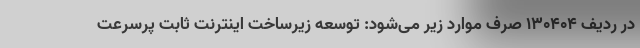
در ردیف ۱۳۰۴۰۴ صرف موارد زیر می‌شود: توسعه زیرساخت اینترنت ثابت پرسرعت